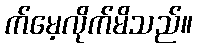
က်မေ့လိုက်မိသည်။